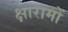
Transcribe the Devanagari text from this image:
क्षारामों